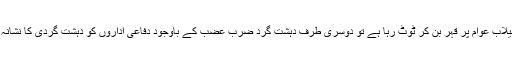
ایک طرف سیلاب عوام پر قہر بن کر ٹوٹ رہا ہے تو دوسری طرف دہشت گرد ضرب عضب کے باوجود دفاعی اداروں کو دہشت گردی کا نشانہ بنا رہے ہیں۔